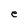
Character: e